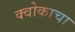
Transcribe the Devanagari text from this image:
क्वोकाचा